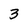
Character: 3